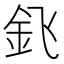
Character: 𰼠